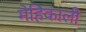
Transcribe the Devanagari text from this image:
मेहिकाली